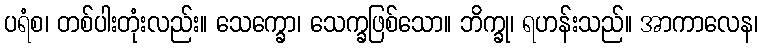
ပရံစ၊ တစ်ပါးတုံးလည်း။ သေက္ခော၊ သေက္ခဖြစ်သော။ ဘိက္ခု၊ ရဟန်းသည်။ အာကာလေန၊